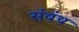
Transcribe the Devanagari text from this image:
संबंथ